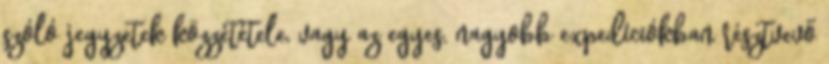
szóló jegyzetek közzététele, vagy az egyes, nagyobb expedíciókban résztvevő